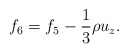
\begin{align*}{f_6} = {f_5} - \frac{1}{3}\rho {u_z}.\end{align*}